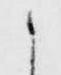
之